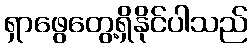
ရှာဖွေတွေ့ရှိနိုင်ပါသည်